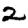
Digit: 2